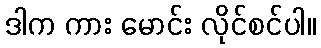
ဒါက ကား မောင်း လိုင်စင်ပါ။